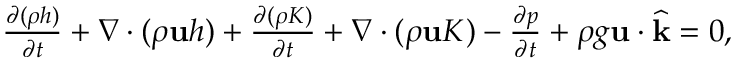
\begin{array} { r } { \frac { \partial ( \rho h ) } { \partial t } + \nabla \cdot ( \rho \mathbf u h ) + \frac { \partial ( \rho K ) } { \partial t } + \nabla \cdot ( \rho \mathbf u K ) - \frac { \partial p } { \partial t } + \rho g \mathbf u \cdot \widehat { \mathbf k } = 0 , } \end{array}